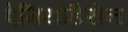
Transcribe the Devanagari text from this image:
ऐमियोडैरोन